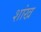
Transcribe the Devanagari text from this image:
शांख